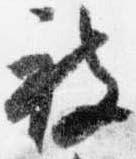
被